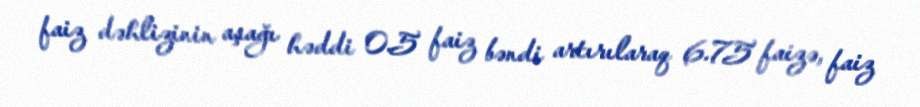
faiz dəhlizinin aşağı həddi 0.5 faiz bəndi artırılaraq 6.75 faizə, faiz